65_HS1-834228961_62-HQ-83894_Section_7
Agency: FBI
Page 91
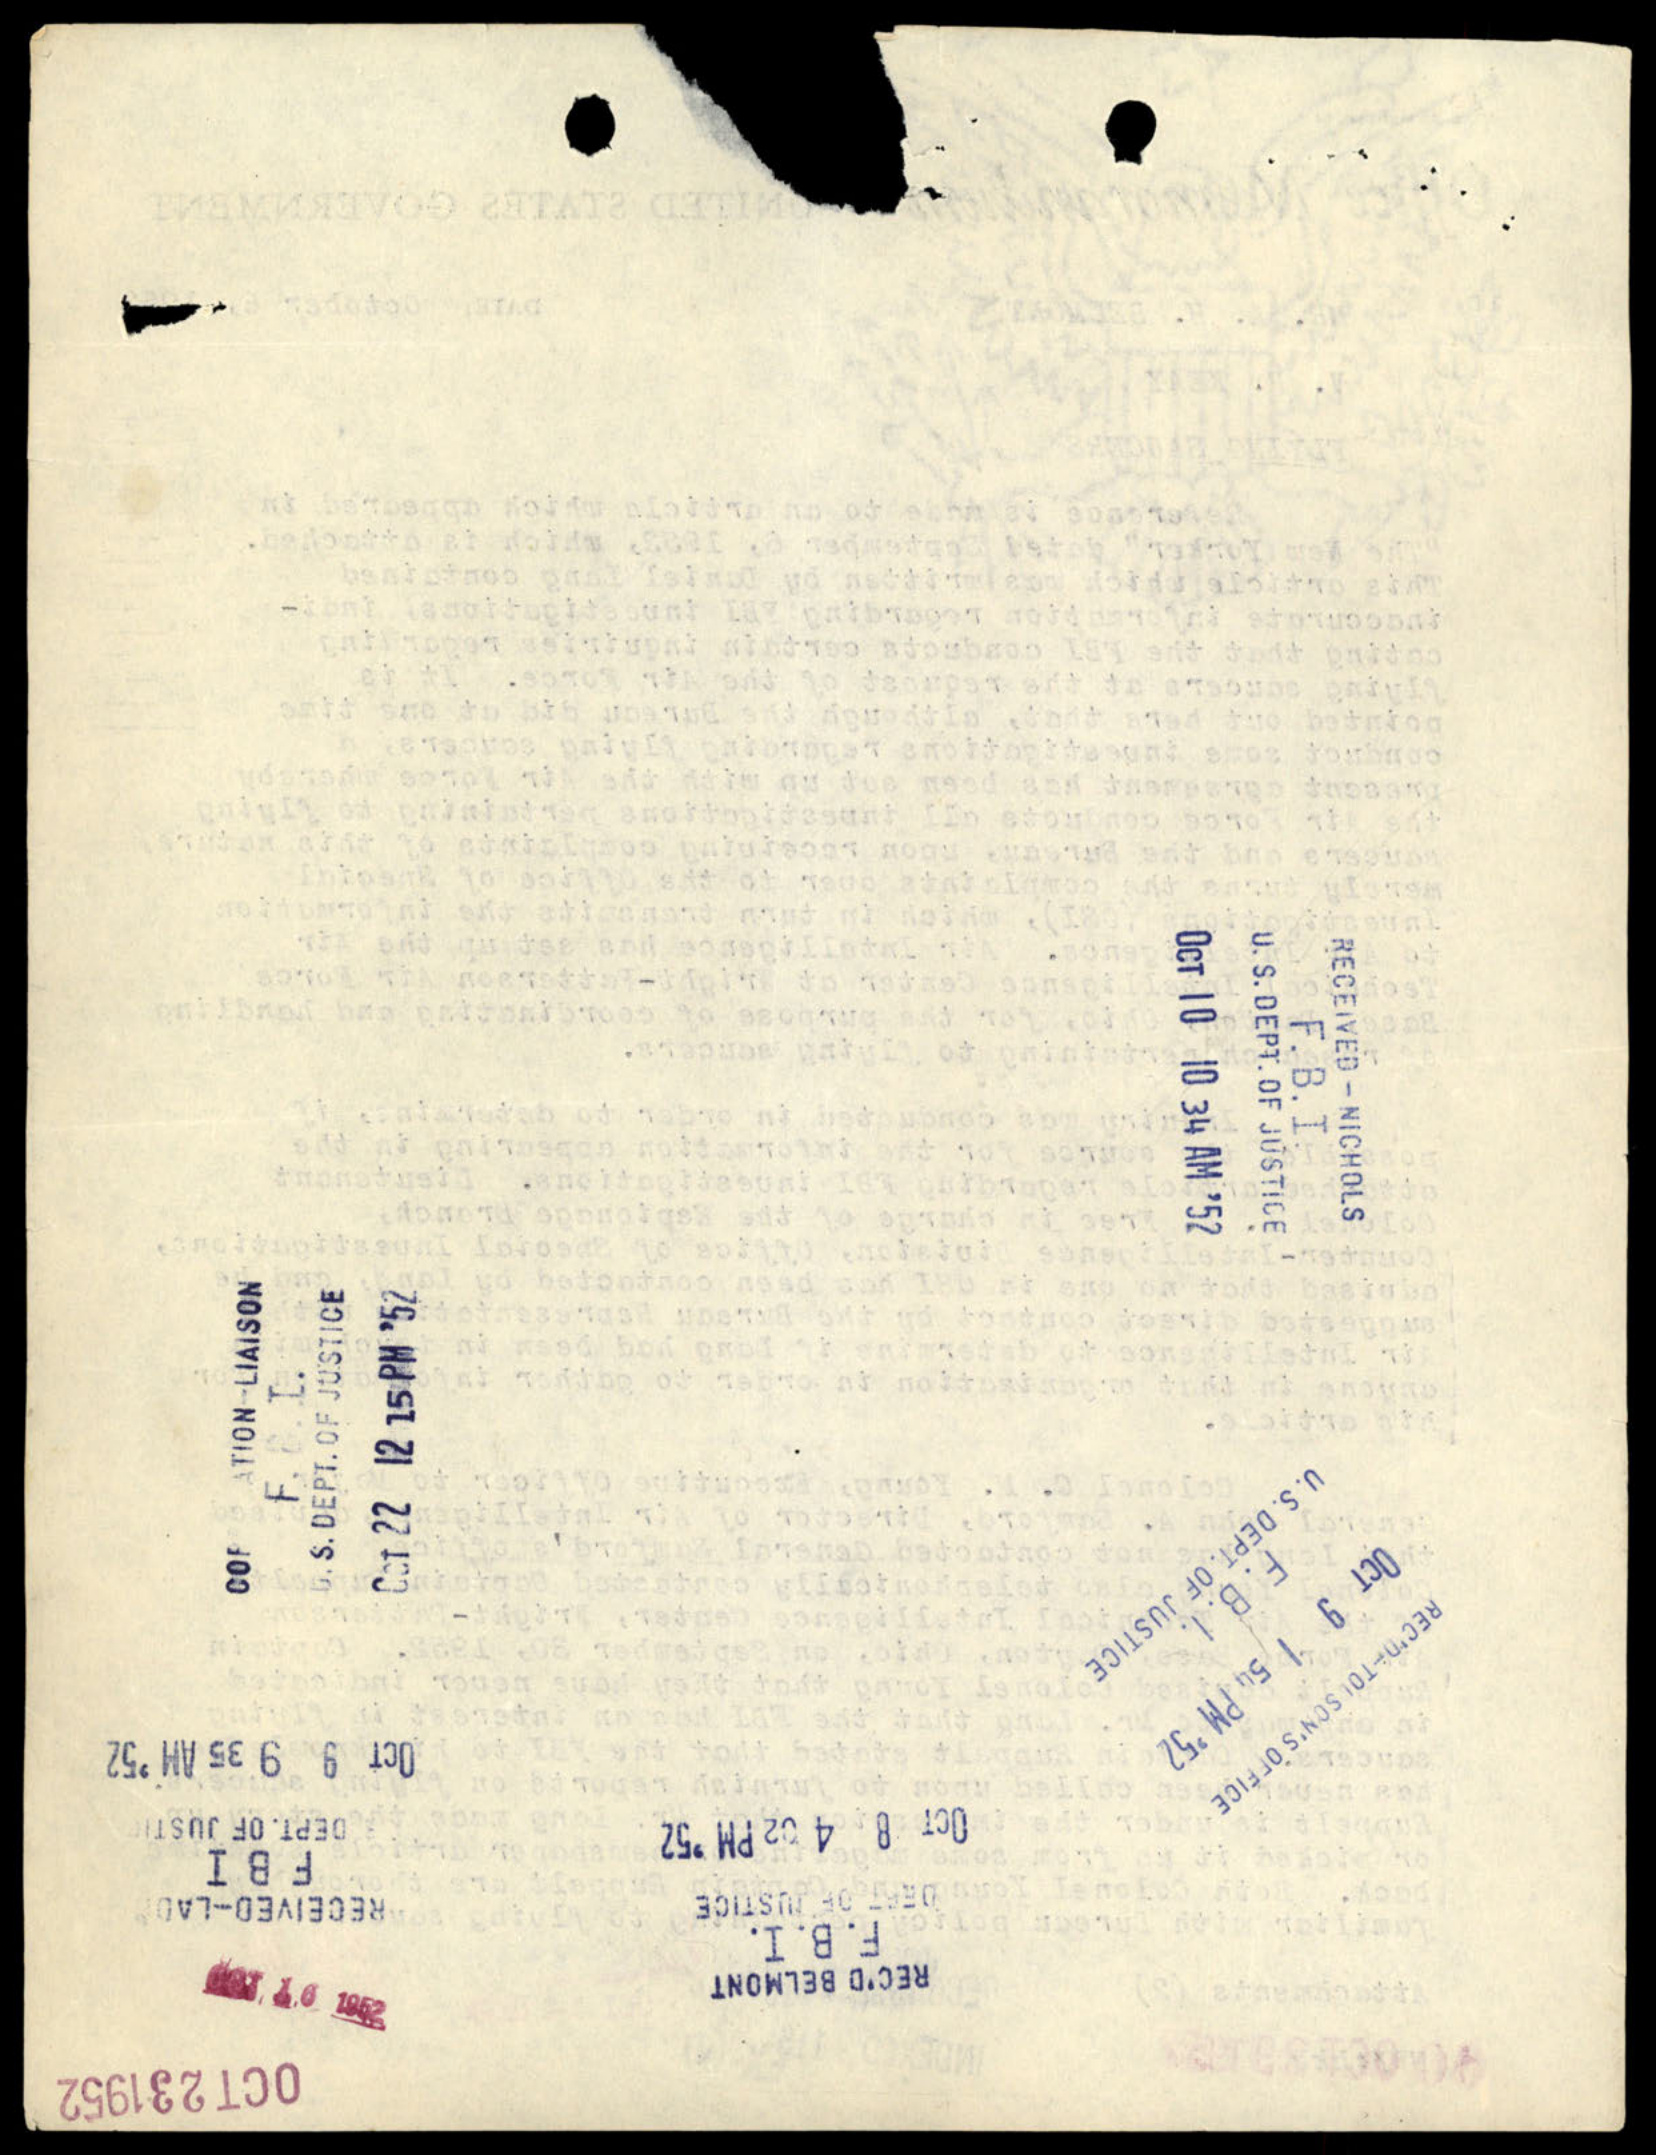